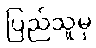
ပြည်သူမှ